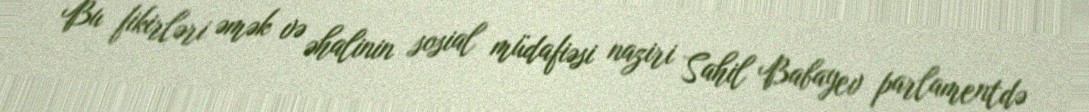
Bu fikirləri əmək və əhalinin sosial müdafiəsi naziri Sahil Babayev parlamentdə